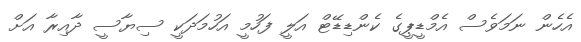
އެހެން ނަމަވެސް އެމްޑީޕީގެ ކެންޑިޑޭޓް އަލީ ފަހުމީ އަހުމަދަކީ ސިޔާސީ ދާއިރާ އަށް